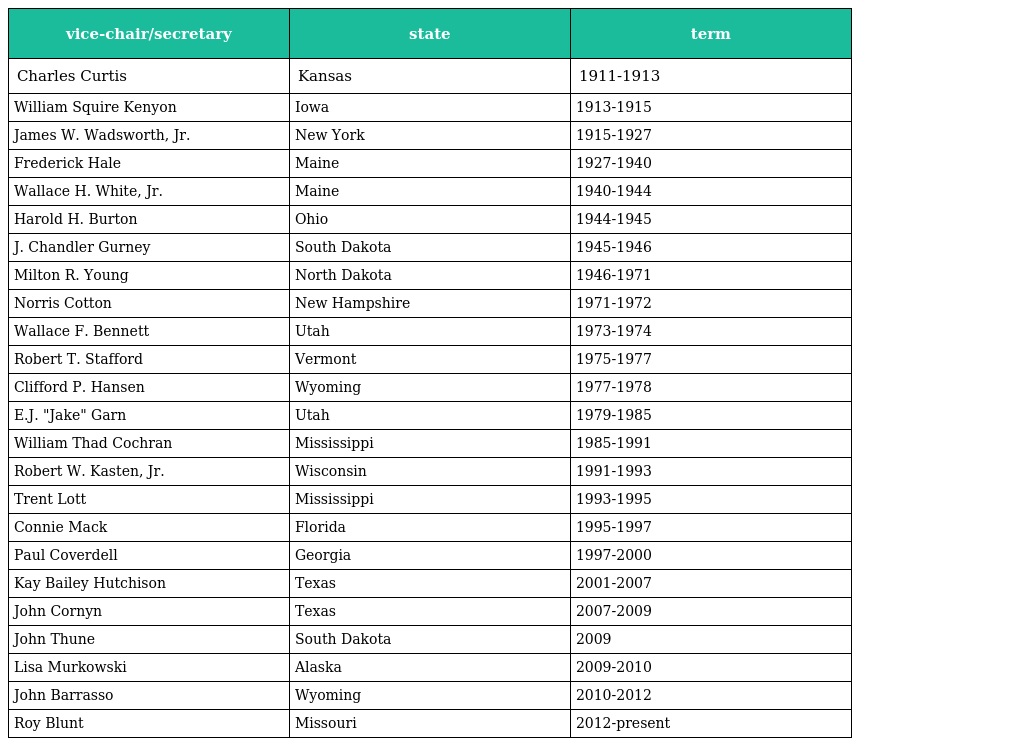
| vice-chair/secretary | state | term |
 | --- | --- | --- |
 | Charles Curtis | Kansas | 1911-1913 |
 | William Squire Kenyon | Iowa | 1913-1915 |
 | James W. Wadsworth, Jr. | New York | 1915-1927 |
 | Frederick Hale | Maine | 1927-1940 |
 | Wallace H. White, Jr. | Maine | 1940-1944 |
 | Harold H. Burton | Ohio | 1944-1945 |
 | J. Chandler Gurney | South Dakota | 1945-1946 |
 | Milton R. Young | North Dakota | 1946-1971 |
 | Norris Cotton | New Hampshire | 1971-1972 |
 | Wallace F. Bennett | Utah | 1973-1974 |
 | Robert T. Stafford | Vermont | 1975-1977 |
 | Clifford P. Hansen | Wyoming | 1977-1978 |
 | E.J. "Jake" Garn | Utah | 1979-1985 |
 | William Thad Cochran | Mississippi | 1985-1991 |
 | Robert W. Kasten, Jr. | Wisconsin | 1991-1993 |
 | Trent Lott | Mississippi | 1993-1995 |
 | Connie Mack | Florida | 1995-1997 |
 | Paul Coverdell | Georgia | 1997-2000 |
 | Kay Bailey Hutchison | Texas | 2001-2007 |
 | John Cornyn | Texas | 2007-2009 |
 | John Thune | South Dakota | 2009 |
 | Lisa Murkowski | Alaska | 2009-2010 |
 | John Barrasso | Wyoming | 2010-2012 |
 | Roy Blunt | Missouri | 2012-present |